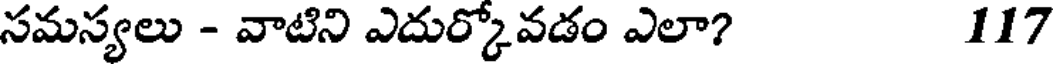
సమస్యలు - వాటిని ఎదుర్కోవడం ఎలా? 117